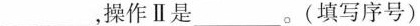
___，操作Ⅱ是 ___。(填写序号)